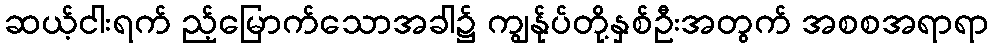
ဆယ့်ငါးရက် ည့်မြောက်သောအခါ၌ ကျွန်ုပ်တို့နှစ်ဦးအတွက် အစစအရာရာ